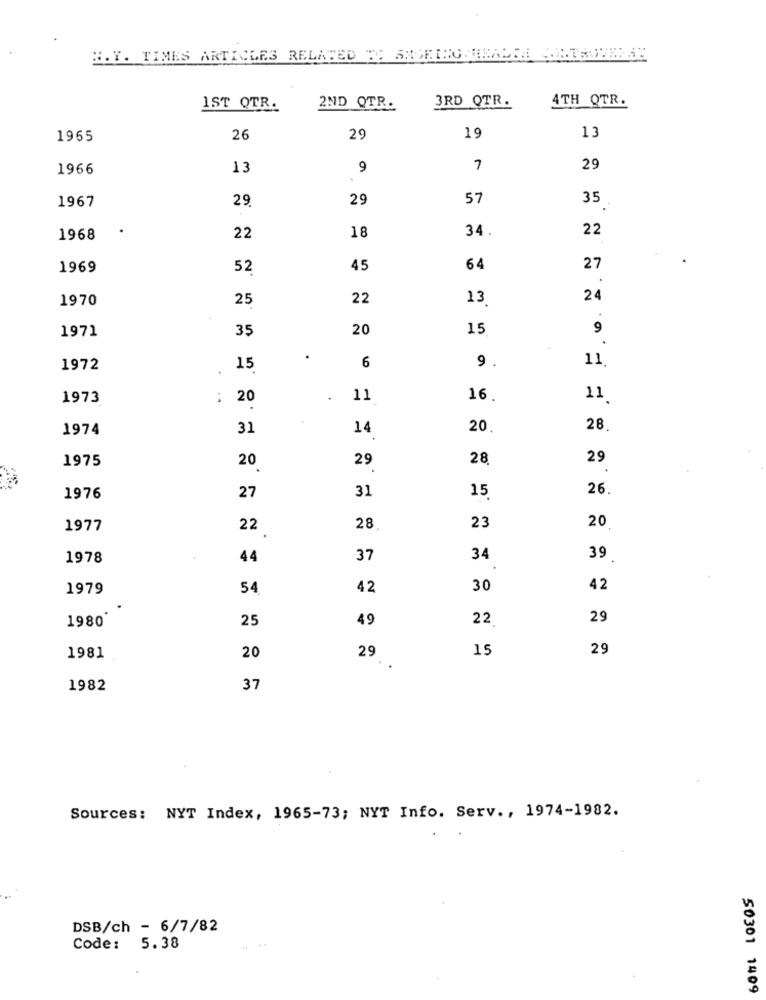
H.Y. TIMES ARTICLES RELATED TO SMOKING ORADEA SANTSOVERSE
2ND QTR.
3RD QTR.
4TH QTR.
1ST OTR.
19
1965
26
29
13
1966
13
9
7
29
1967
29
29
57
35
34.
22
1968
22
18
1969
52
45
64
27
1970
25
22
13
24
35
20
15
9
1971
.
6
11.
1972
15
9.
1973
:
20
11
16.
11
1974
31
14
20
28
1975
20
29
28
29
27
31
15
26
1976
1977
22
28
23
20
1978
44
37
34
39
1979
54
42
30
42
1980'
25
49
22
29
15
29
1981
20
29
9
1982
37
Sources: NYT Index, 1965-73; NYT Info. Serv ., 1974-1982.
DSB/ch - 6/7/82
Code: 5.38
50301 1409